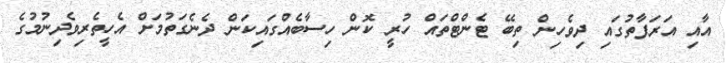
އާއި އަރަފާތުގައި ދިވެހިން ތިބޭ ޓެންޓްތައް ހުރީ ކޮން ހިސާބެއްގައިކަން ދެނެގަތުމަށް އެހީތެރިވެދިނުމުގެ